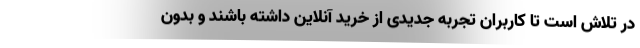
در تلاش است تا کاربران تجربه جدیدی از خرید آنلاین داشته باشند و بدون